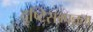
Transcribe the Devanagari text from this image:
दृष्टिसम्पन्नता